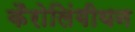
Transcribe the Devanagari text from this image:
कैरोलिंगीयन